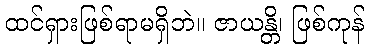
ထင်ရှားဖြစ်ရာမရှိဘဲ။ ဇာယန္တိ၊ ဖြစ်ကုန်